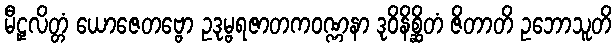
မီဠှလိတ္တံ ယောဇေတဗ္ဗော ဥဒုမ္ဗရဇာတကဝဏ္ဏနာ ဒုဝိနိစ္ဆိတံ ဇိတာတိ ဥဘောသူတိ